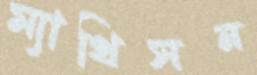
ম্যাথিসন